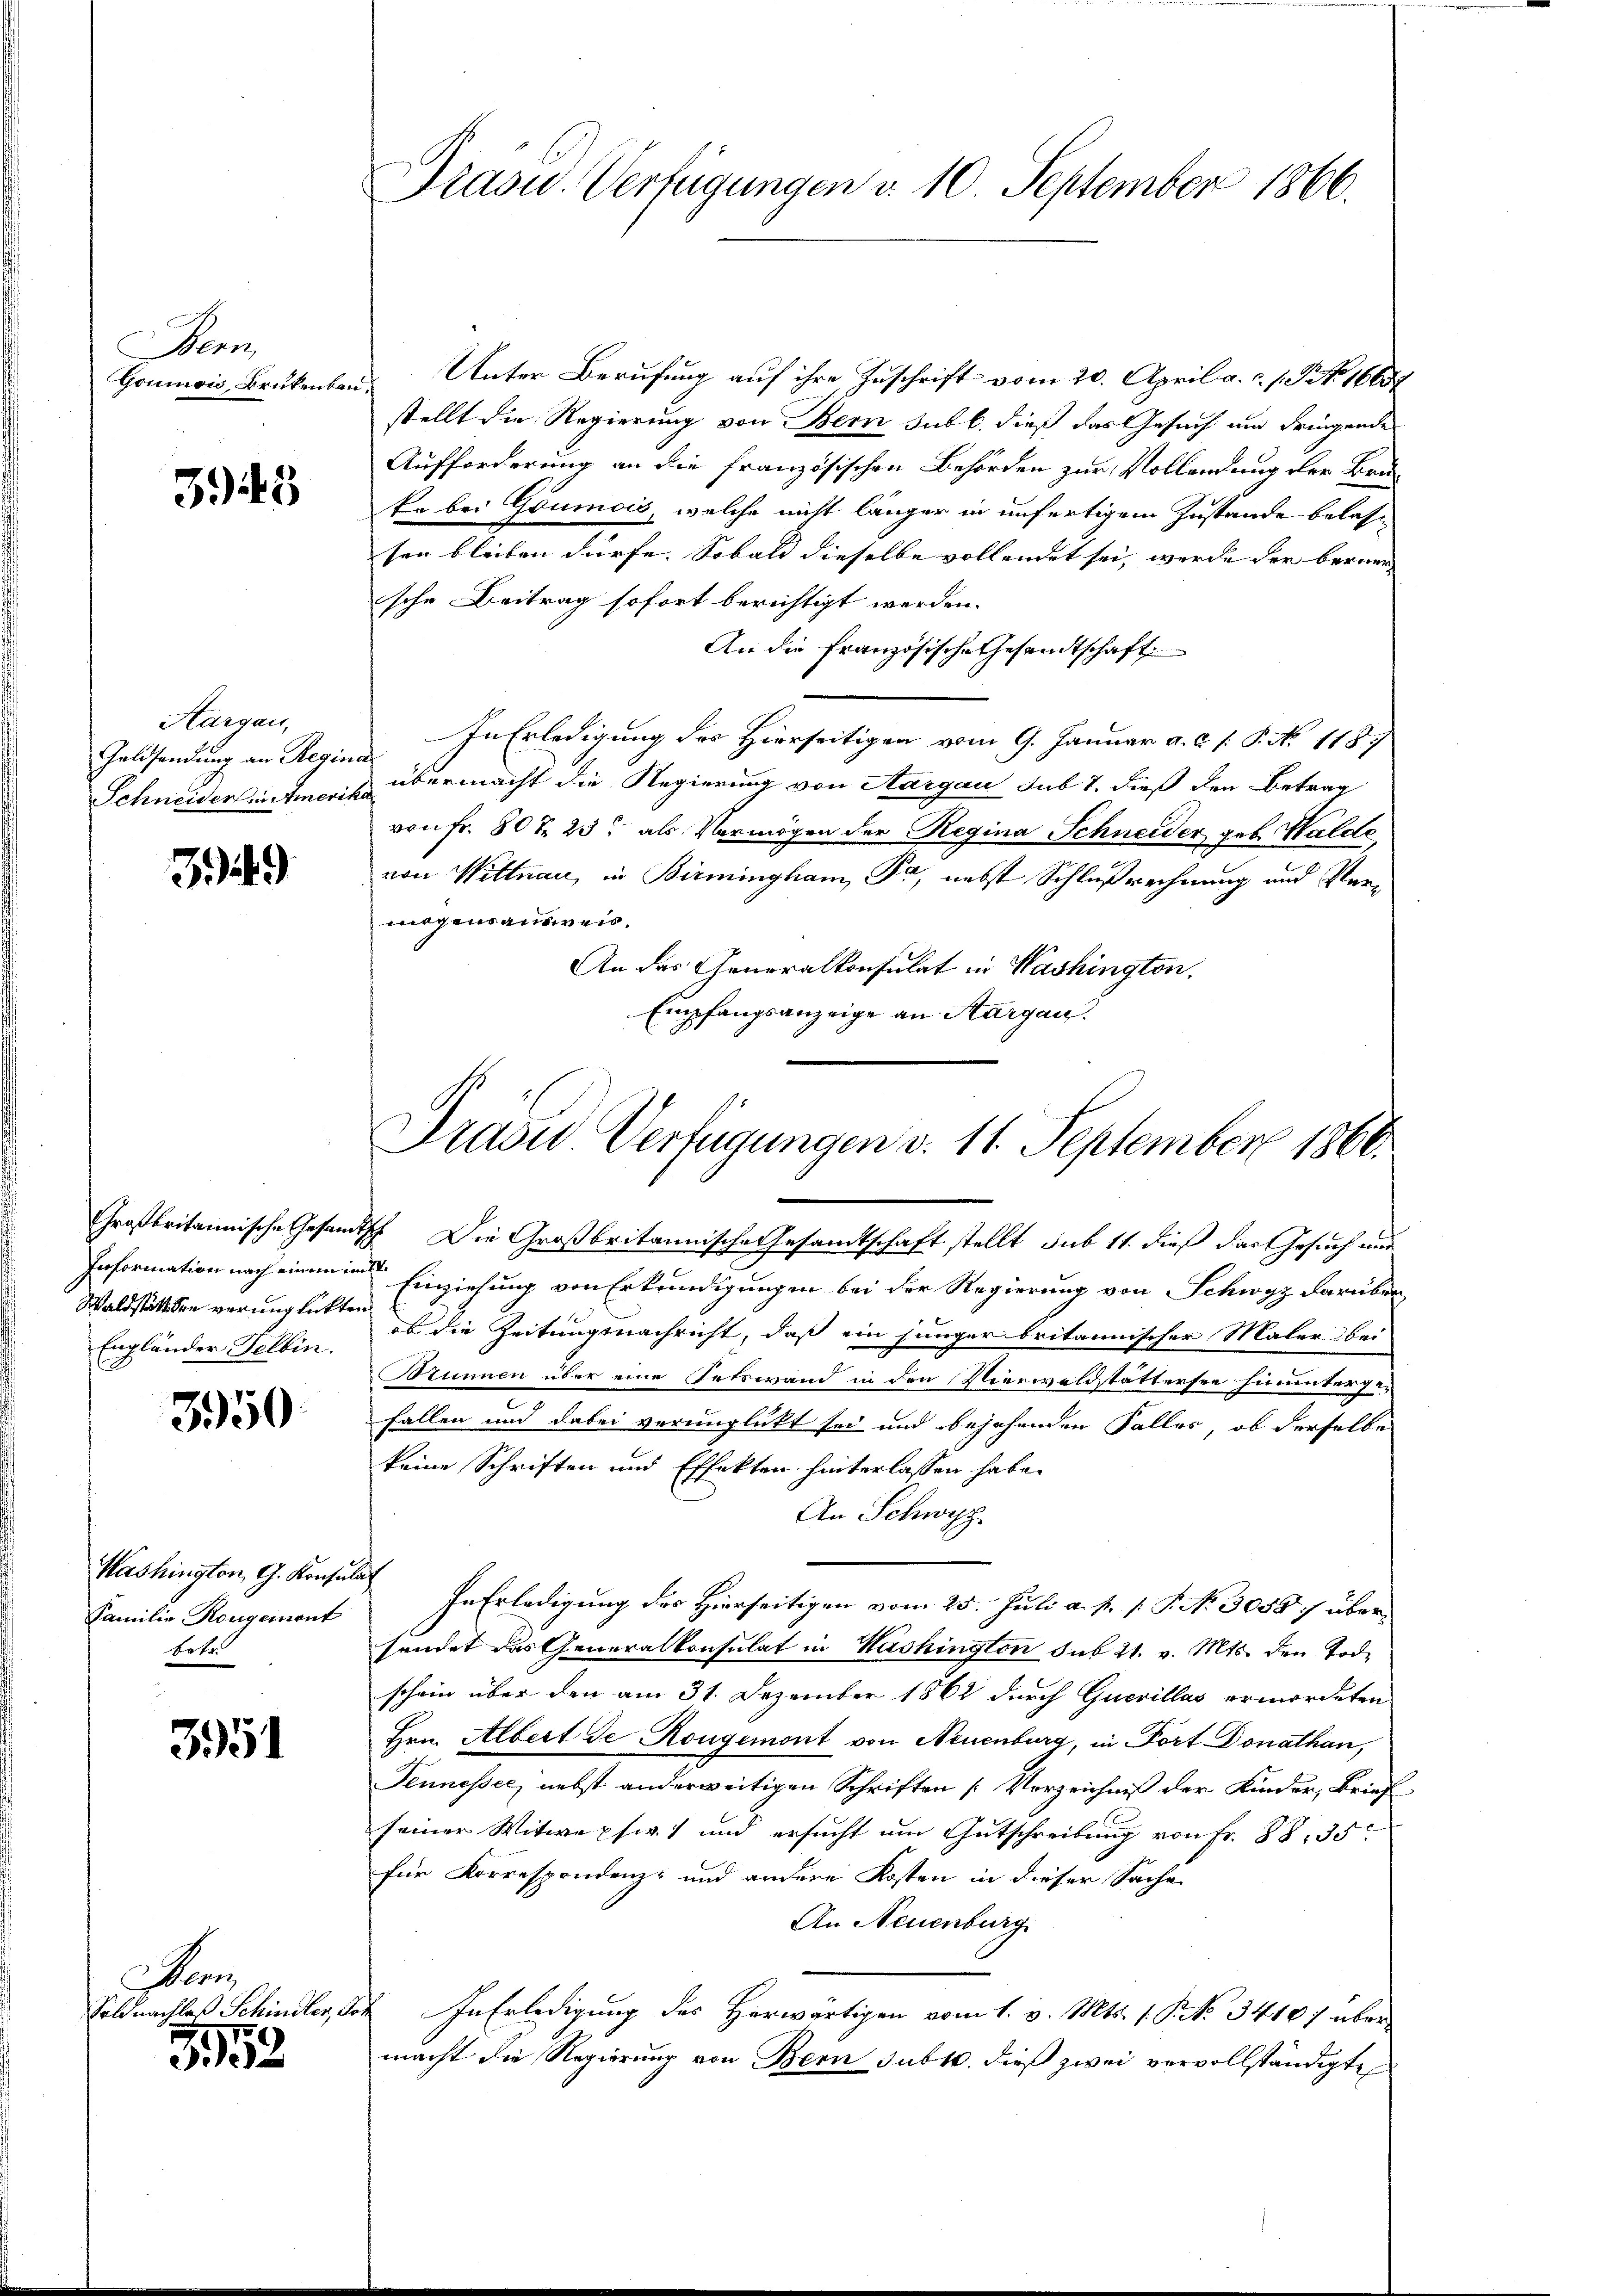
Bern,
Goumon, Brükenbau

3943

Aargau,
Geldsendung an Regin

349)

Information nach einem im
Waldstätten verunglickten
Engländer Felbin.

3950

Washington G. Konsult
Familie Kongement
Fr fr

351

Dan
Soldnachlaß Schindler, Soh

352

Präsid. Verfügungen d. 10. September 1866.

Unter Berufung auf ihre Zuschrift vom 20. April a. c. s. S. 16057
stellt die Regierung von Bern sub b. dieß das Gesuch um dringende
Aufforderung an die französischen Behörden zur Vollendung der Bruke bei Goumois, welche nicht länger in unfertigem Zustande belasse
sen bleiben dürfe. Sobald dieselbe vollendet sei, wurde der berner |
sche Beitrag sofort berichtigt werden.
An die französische Gesandtschaft
In Erledigung des Hierseitigen vom 9. Januar a. c. s. S. N. 1187
a
Schneiderinten übermacht die Regierung von Aargau sub 7. dieß den Betrag
von Fr. 807. 23 als Vermögen der Regina Schneider geb. Halde
von Wittnau, in Birmingham Fr, nebst Schlußrechnung und Vermiegensausweis.
An das Generalkonsulat in Washington,
Empfangsanzeige an Thurgau.

Präsid.. Verfügungen v. 11. September 1860.

Großbritannische Gesandtisch Die Großbritannische Gesamtschaft stellt sub 11. dieß das Gesuch und
II.
Einziehung von Erkundigungen bei der Regierung von Schwyz darüber
ob die Zeitungsnachricht, daß ein jünger britannischer Maler bei
Brunnen über eine Fetswand in den Vierwaldstattersee hinuntergefallen und dabei verunglückt sei und bejahenden Falles, ob derselbe
keine Schriften und Effekten hinterlassen habe.
An Schwyz
u
In Erledigung des Hierseitigen vom 25. Juli a. p. p. P. No 30507 über
sündet das Generalkonsulat in Washington sub 21. v. Mts. den Tode
schein über den am 31. Dezember 1862 durch Guevillas ermordeten
Hrn. Albert de Rougemont von Neuenburg, in Fort Donathan,
Tennessee, nebst anderweitigen Schriften [Verzeichniß der Kinder, Brief
seiner Witwe pfw.) und ersucht am Gutschreibung von Fr. 88, 35
für Korrespondenz- und andere Kosten in dieser Sache
An Neuenburg
In Erledigung des Herwärtigen vom 1. v. Mts. 1. P. Nr. 34107 über
macht die Regierung von Bern subt. dieß zwei vervollständigte